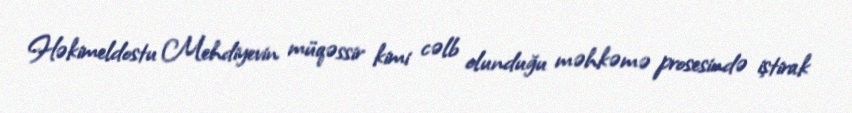
Həkimeldostu Mehdiyevin müqəssir kimi cəlb olunduğu məhkəmə prosesində iştirak